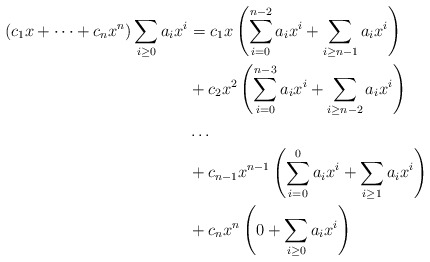
\begin{align*} (c_1x + \dots + c_nx^n)\sum_{i \geq 0}a_ix^i &= c_1x\left(\sum_{i=0}^{n-2}a_i x^i + \sum_{i \geq n-1}a_ix^i\right) \\&{} + c_2x^2\left(\sum_{i=0}^{n-3}a_ix^i + \sum_{i \geq n-2}a_i x^i\right) \\&{} \dots \\&{} + c_{n-1}x^{n-1}\left(\sum_{i=0}^0 a_ix^i + \sum_{i \geq 1} a_ix^i\right) \\&{} + c_nx^n\left(0 + \sum_{i \geq0} a_i x^i\right)\end{align*}